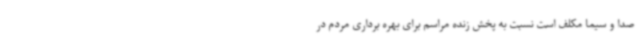
صدا و سیما مکلف است نسبت به پخش زنده مراسم برای بهره برداری مردم در